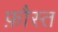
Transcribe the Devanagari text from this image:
फ़ौस्त